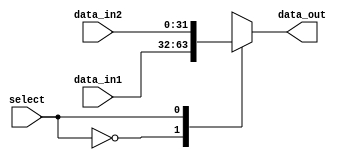
module MUX2 (
    input [31:0] data_in1, data_in2,
    input select,
    output reg [31:0] data_out
);
    always @(*) begin
        case (select)
            0: data_out = data_in1;
            1: data_out = data_in2;
            default: data_out = 32'bz;
        endcase
    end
endmodule